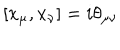
LaTeX: \left[ x _ { \mu } , x _ { \nu } \right] = i \theta _ { \mu \nu }